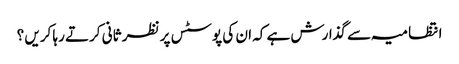
انتظامیہ سے گذارش ہے کہ ان کی پوسٹس پر نظر ثانی کرتے رہا کریں ؟